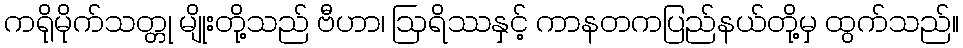
ကရိုမိုက်သတ္တု မျိုးတို့သည် ဗီဟာ၊ ဩရိဿနှင့် ကာနတကပြည်နယ်တို့မှ ထွက်သည်။